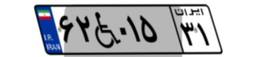
۶۲W۰۱۵۳۱